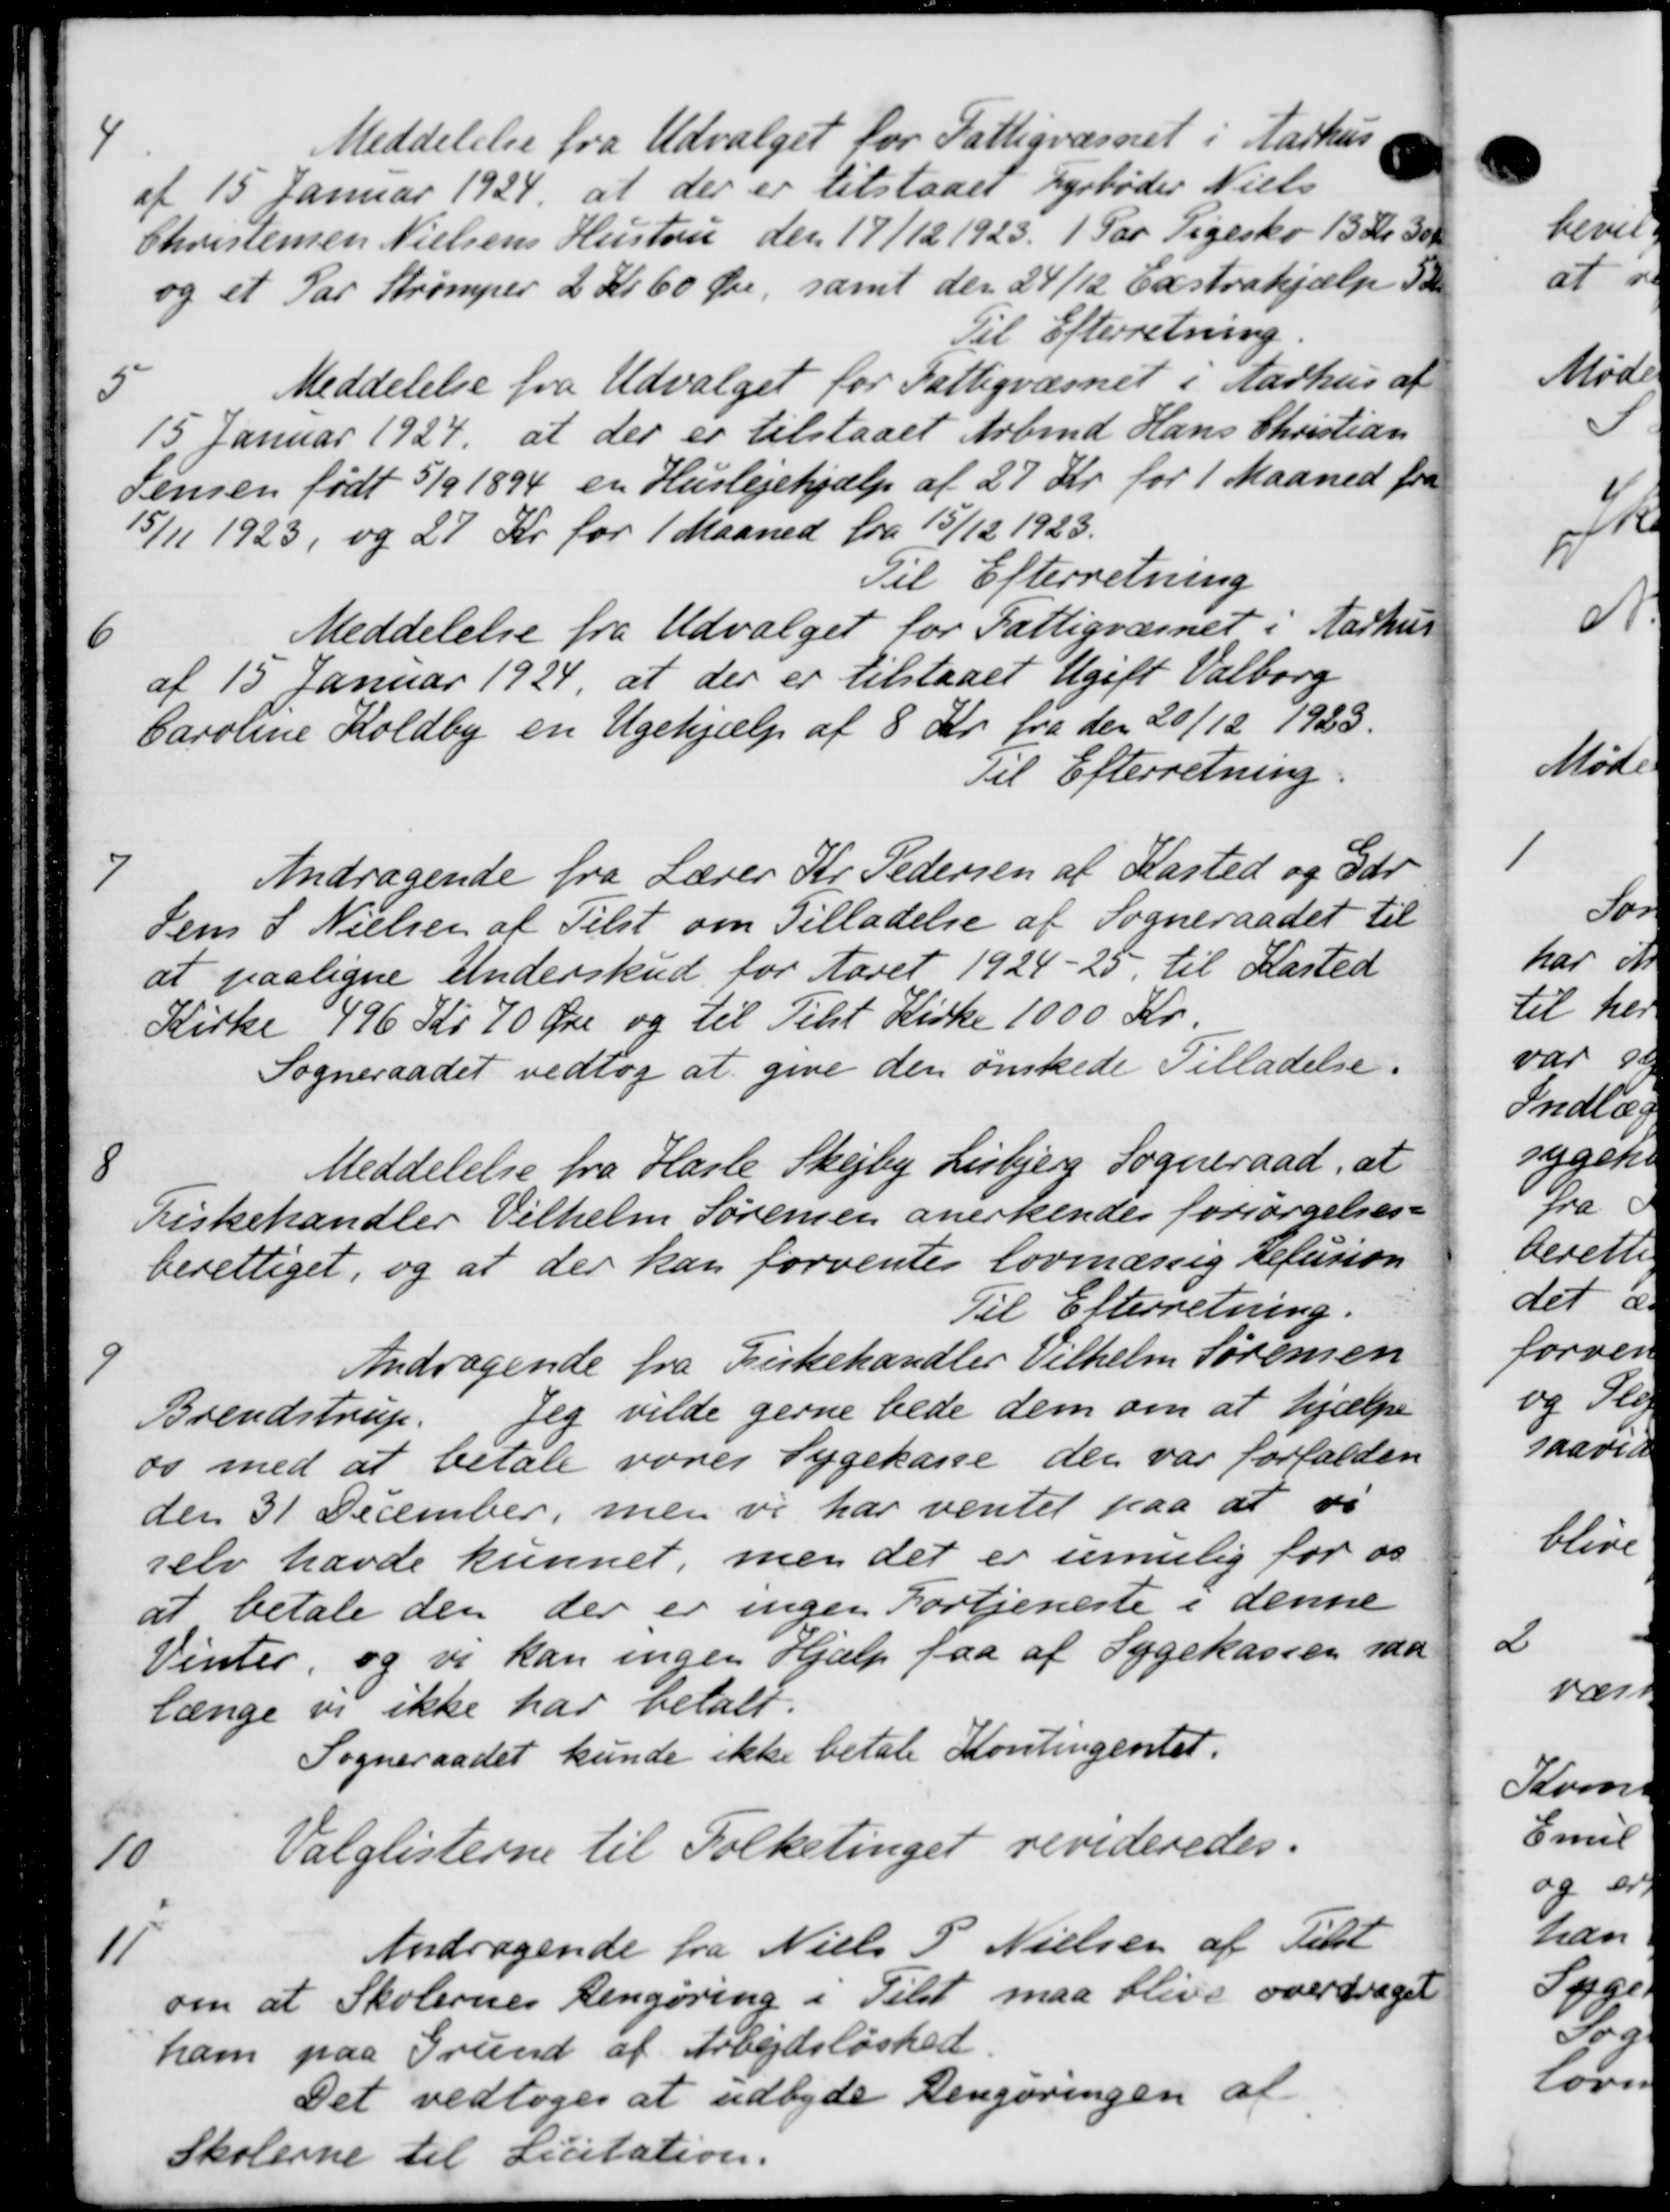
Transskription:
Meddelelse fra Udvalget for Fattigvæsnet i Aarhus,
af 15 Januar 1924, at der er tilstaaet Fyrbøder Niels
Christensen Nielsens Hustru den 17/12 1923. 1 Par Pigesko 13 Kr. 30 Kr
og et Par Strømper 2 Kr 60 Øre, samt den 24/12 Exstrahjælp 5 Kr.
Til Efterretning.
5
Meddelelse fra Udvalget for Fattigvæsnet i Aarhus af
15 Januar 1924 at der er tilstaaet Arbmd. Hans Christian
Jensen født 5/9 1894 en Huslejehjælp af 27 Kr. for 1 Maaned fra
15/11 1923, og 27 Kr for 1 Maaned fra 15/12 1923.
Til Efterretning

Meddelelse fra Udvalget for Fattigvæsnet i Aarhus
af 15 Januar 1924, at der er tilstaaet Ugift Valborg
Caroline Koldby en Ugehjælp af 8 Kr. fra den 20/12 1923.
Til Efterretning.

Andragende fra Lærer Kr. Pedersen af Kasted og Gdr
Jens S Nielsen af Tilst om Tilladelse af Sogneraadet til
at paaligne Underskud for Aaret 1924-25, til Kasted
Kirke 496 Kr 70 Øre og til Tilst Kirke 1000 Kr.
Sogneraadet vedtog at give den ønskede Tilladelse.
9
Meddelelse fra Hasle Skejby Lisbjerg Sogneraad. at
Fiskehandler Vilhelm Sørensen anerkendes forsørgelses-
berettiget, og at der kan forventes lovmæssig Refusion
Til Efterretning.

Andragende fra Kirkehandler Vilhelm Sørensen
Brendstrup.
Jeg vilde gerne bede dem om at hjælpe
os med at betale værer Sygekasse der var forfalden
den 31 December, men vi har ventet paa at vi
selv havde kunnet, men det er umulig for os
at betale den der er ingen Fortjeneste i denne
Vinter, og vi kan ingen Hjælp faa af Sygekassen saa
længe og ikke har betalt.
Sogneraadet kunde ikke betale Kontingentet.

Valglisterne til Folketinget revideredes.

Andragende fra Niels P. Nielsen af Tilst
om at Skolernes Rengøring i Tilst maa blive overdraget
ham paa Grund af Arbejdsløshed.
Det vedtoges at udbyde Rengøringen af
Skolerne til Licitation.